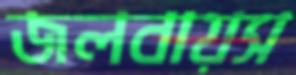
জলবায়স